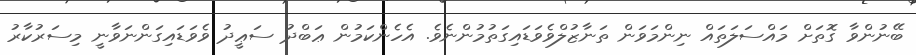
ބޭނުންވާ ގޮތަށް މައްސަލަތައް ނިންމަވަން ތަނާޒުލްވެވަޑައިގަތުމުންނެވެ. އެހެންކަމުން ޢަބްދު ސަޢީދު ވެވަޑައިގަންނަވާނީ މިސަރުކާރު